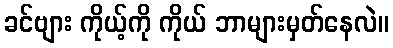
ခင်ဗျား ကိုယ့်ကို ကိုယ် ဘာများမှတ်နေလဲ။